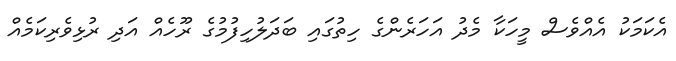
އެކަމަކު އެއްވެސް މީހަކާ މެދު އަހަރެންގެ ހިތުގައި ބަދަލުހިފުމުގެ ރޫހެއް އަދި ރުޅިވެރިކަމެއް